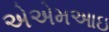
એએમઆઇ